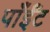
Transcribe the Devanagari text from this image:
पाँईँट